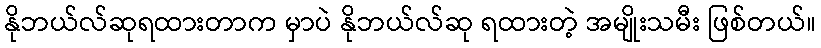
နိုဘယ်လ်ဆုရထားတာက မှာပဲ နိုဘယ်လ်ဆု ရထားတဲ့ အမျိုးသမီး ဖြစ်တယ်။